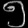
Digit: ၅